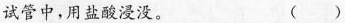
试管中，用盐酸浸没。 ( )